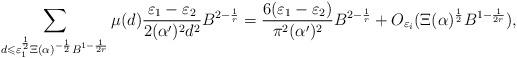
LaTeX: \begin{align*} \sum_{d\leqslant \varepsilon_{1}^\frac{1}{2} \Xi(\alpha )^{-\frac{1}{2}}B^{1-\frac{1}{2r}}}\mu(d)\frac{\varepsilon_1-\varepsilon_2}{2(\alpha^\prime)^2 d^2}B^{2-\frac{1}{r}} &=\frac{6(\varepsilon_1-\varepsilon_2)}{\pi^2 (\alpha^\prime)^2}B^{2-\frac{1}{r}}+O_{\varepsilon_i}(\Xi(\alpha)^\frac{1}{2}B^{1-\frac{1}{2r}}), \end{align*}